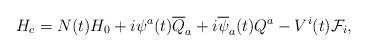
LaTeX: \begin{align*}H_c = N(t) H_{0} + i\psi^a(t) \overline {Q}_a + i\overline {\psi}_a(t) Q^a - V^i(t) {\cal F}_i, \end{align*}